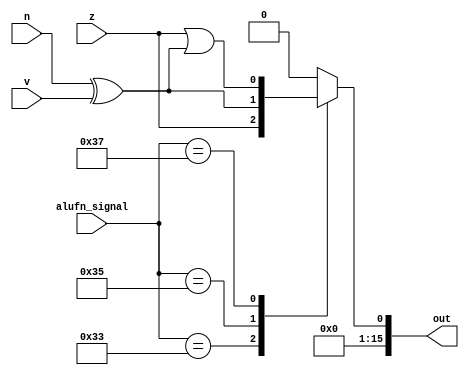
/*
   This file was generated automatically by Alchitry Labs version 1.2.7.
   Do not edit this file directly. Instead edit the original Lucid source.
   This is a temporary file and any changes made to it will be destroyed.
*/

module compare_18 (
    input z,
    input v,
    input n,
    input [5:0] alufn_signal,
    output reg [15:0] out
  );
  
  
  
  always @* begin
    out = 16'h0000;
    
    case (alufn_signal)
      default: begin
        out[0+0-:1] = 1'h0;
      end
      6'h33: begin
        out[0+0-:1] = z;
      end
      6'h35: begin
        out[0+0-:1] = n ^ v;
      end
      6'h37: begin
        out[0+0-:1] = z | (n ^ v);
      end
    endcase
  end
endmodule